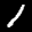
Label: 1